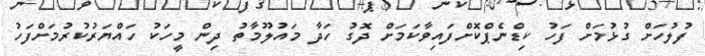
ފުލުހަށް ގުޅުމަށް ފަހު ކިޑްނެޕްކޮށްފައިވާކަމަށް ދޮގު ހަދާ މައުލޫމާތު ދިން މީހަކު ހައްޔަރުކުރުމަށްފަހު